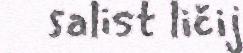
salist ličij